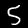
Digit: 5